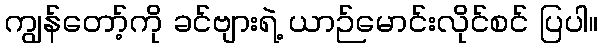
ကျွန်တော့်ကို ခင်ဗျားရဲ့ ယာဉ်မောင်းလိုင်စင် ပြပါ။